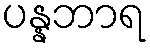
ပန္နဘာရ